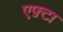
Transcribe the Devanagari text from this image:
एफ़्टा